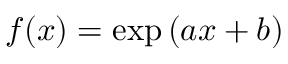
f ( x ) = \exp { ( a x + b ) }